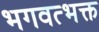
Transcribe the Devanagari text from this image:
भगवत्भक्त